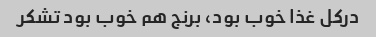
در‌کل غذا خوب بود، برنج هم خوب بود تشکر